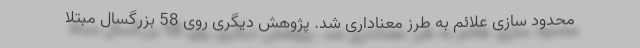
محدود سازی علائم به طرز معناداری شد. پژوهش دیگری روی 58 بزرگسال مبتلا